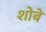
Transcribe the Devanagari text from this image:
शोबे